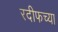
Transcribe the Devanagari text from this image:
रदीफच्या